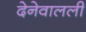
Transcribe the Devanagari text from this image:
देनेवालली